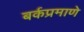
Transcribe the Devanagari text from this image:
बर्कप्रमाणे